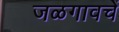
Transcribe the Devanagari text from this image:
जळगावचें